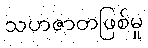
သဟဇာတဖြစ်မှု